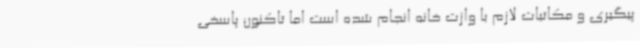
پیگیری و مکاتبات لازم با وازت خانه انجام شده است اما تاکنون پاسخی